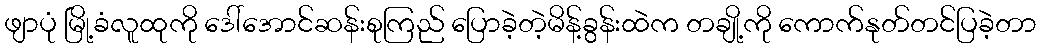
ဖျာပုံ မြို့ခံလူထုကို ဒေါ်အောင်ဆန်းစုကြည် ပြောခဲ့တဲ့မိန့်ခွန်းထဲက တချို့ကို ကောက်နုတ်တင်ပြခဲ့တာ